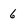
Character: 6